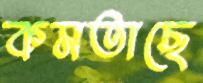
কমতাছে